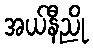
အယ်နီညို